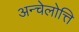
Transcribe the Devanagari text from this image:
अन्चेलोत्ति